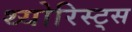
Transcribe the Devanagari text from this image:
थ्योरिस्ट्स